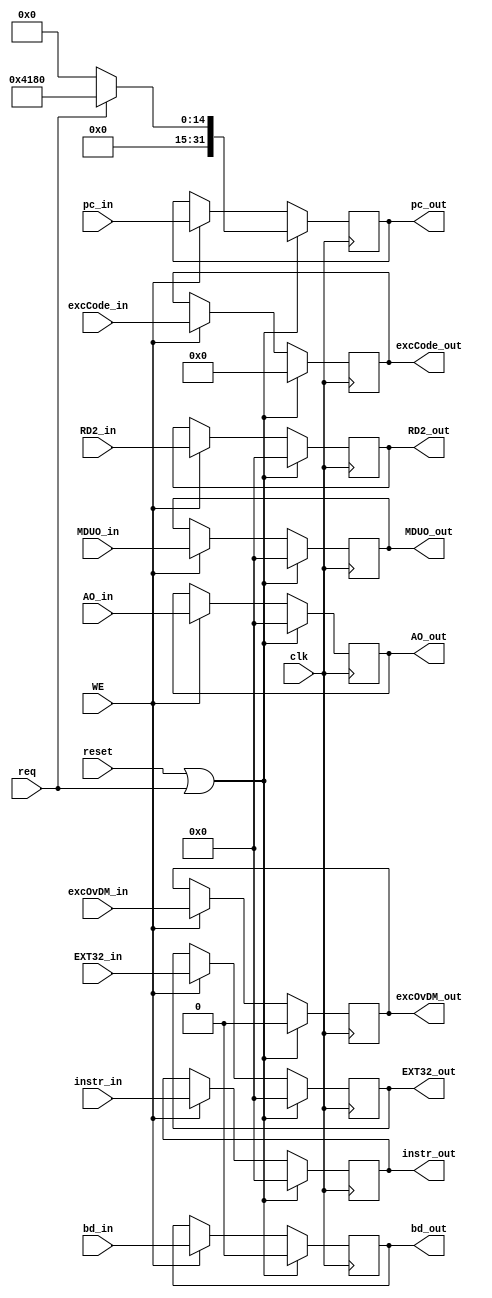
`timescale 1ns / 1ps

module M_REG(
    input clk,
    input reset,
    input WE,
    input [31:0] instr_in,
    input [31:0] pc_in,
    input [31:0] RD2_in,
    input [31:0] EXT32_in,
    input [31:0] AO_in,
    input [31:0] MDUO_in,
    input excOvDM_in,
    input [4:0] excCode_in,
    input bd_in,
    input req,
    output [31:0] instr_out,
    output [31:0] pc_out,
    output [31:0] RD2_out,
    output [31:0] EXT32_out,
    output [31:0] AO_out,
    output [31:0] MDUO_out,
    output excOvDM_out,
    output [4:0] excCode_out,
    output bd_out
    );
    
    reg [31:0] instr;
    reg [31:0] pc;
    reg [31:0] RD2;
    reg [31:0] EXT32;
    reg [31:0] AO;
    reg [31:0] MDUO;
    reg excOvDM;
    reg [4:0] excCode;
    reg bd;
    
    assign instr_out = instr;
    assign pc_out = pc;
    assign RD2_out = RD2;
    assign EXT32_out = EXT32;
    assign AO_out = AO;
    assign MDUO_out = MDUO;
    assign excOvDM_out = excOvDM;
    assign excCode_out = excCode;
    assign bd_out = bd;

    always @(posedge clk) begin
        if(reset|req) begin
            instr <= 0;
            pc <= req? 32'h0000_4180: 0;
            RD2 <= 0;
            EXT32 <= 0;
            AO <= 0;
            MDUO <= 0;
            excOvDM <= 0;
            excCode <= 0;
            bd <= 0;
        end
        else if(WE) begin
            instr <= instr_in;
            pc <= pc_in;
            RD2 <= RD2_in;
            EXT32 <= EXT32_in;
            AO <= AO_in;
            MDUO <= MDUO_in;
            excOvDM <= excOvDM_in;
            excCode <= excCode_in;
            bd <= bd_in;
        end
    end

endmodule